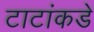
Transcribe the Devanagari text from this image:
टाटांकडे